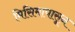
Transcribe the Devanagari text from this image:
मिसिमापासून